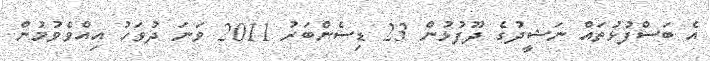
އެ ބަސްފުޅުތައް ނަޝީދުގެ ދޫފުޅުން 23 ޑިސެންބަރު 2011 ވަނަ ދުވަހު އިއްވެވުމުން